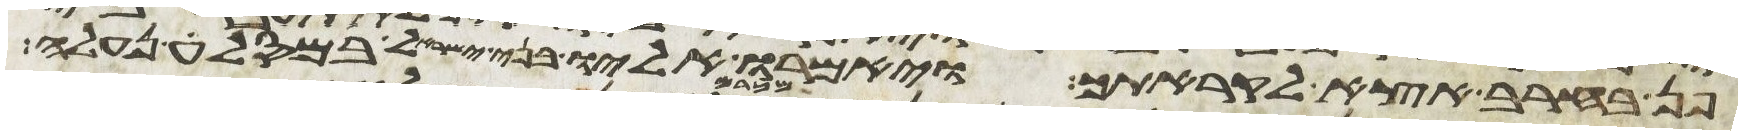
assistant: פן בחרב אצא לקראתך ויאמרו אליו בני ישראל במסלה נעלה